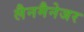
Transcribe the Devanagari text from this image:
लैनमैनेजर